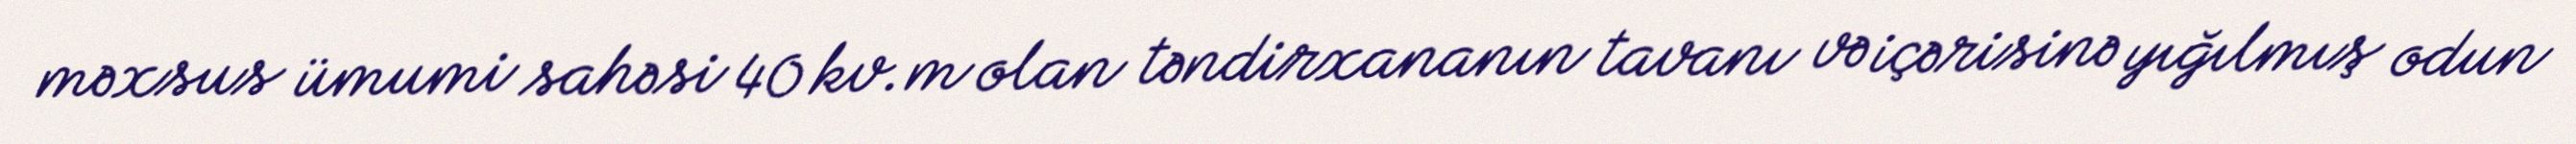
məxsus ümumi sahəsi 40 kv.m olan təndirxananın tavanı və içərisinə yığılmış odun